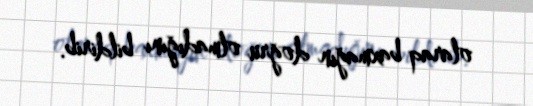
olaraq baxmağın doğru olmadığını bildirib.